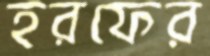
হরফের